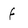
Character: f